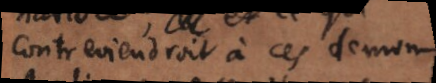
contreviendrait à ces demon